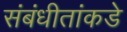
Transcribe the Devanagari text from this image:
संबंधीतांकडे